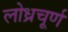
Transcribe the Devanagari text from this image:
लोध्रचूर्ण